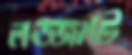
লজ্জাটি